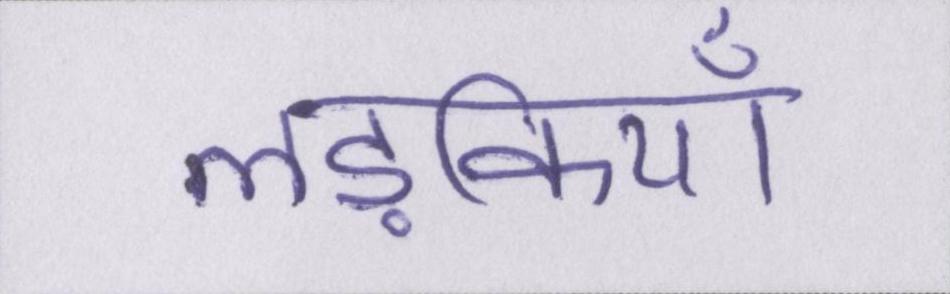
लड़कियाँ